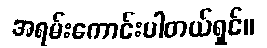
အရမ်းကောင်းပါတယ်ရှင်။